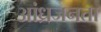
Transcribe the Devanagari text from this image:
आंध्रजनता